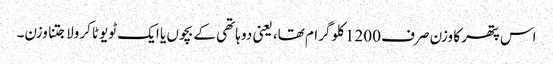
اس پتھر کا وزن صرف 1200 کلوگرام تھا، یعنی دو ہاتھی کے بچوں یا ایک ٹویوٹا کرولا جتنا وزن۔